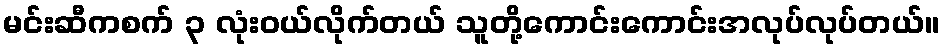
မင်းဆီကစက် ၃ လုံးဝယ်လိုက်တယ် သူတို့ကောင်းကောင်းအလုပ်လုပ်တယ်။